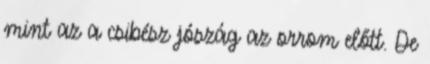
mint az a csibész jószág az orrom előtt. De